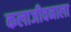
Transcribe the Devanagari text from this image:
कलाजीवनाला